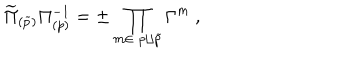
\widetilde \Pi _ { ( \widetilde p ) } \Pi _ { ( p ) } ^ { - 1 } = \pm \prod _ { m \in \; p \sqcup { \widetilde p } } \Gamma ^ { m } \ ,